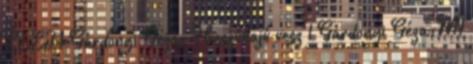
ÉLET 1 Gárdonyi Géza: Hosszúhajú vesz 1 Gárdonyi Géza:MI